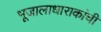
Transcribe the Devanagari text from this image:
भूजालाधाराकांची